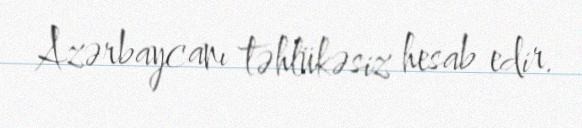
Azərbaycanı təhlükəsiz hesab edir.